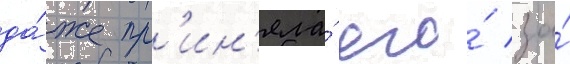
да́же пр'ин'яла́ его́ за́